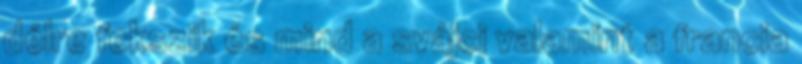
délre fekszik és mind a svájci valamint a francia